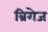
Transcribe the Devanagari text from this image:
ब्रिगेज